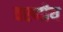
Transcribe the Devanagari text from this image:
वरणीय